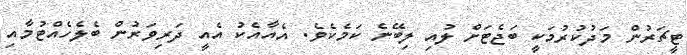
ޓީޗަރުން މަދުކުރުމަކީ ބަޖެޓަށް ލުއި ލިބޭނެ ކަމެކެވެ. އެއާއެކު އެއީ ދަރިވަރުން ބެލެހެއްޓުމާއި